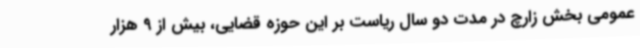
عمومی بخش زارچ در مدت دو سال ریاست بر این حوزه قضایی، بیش از 9 هزار